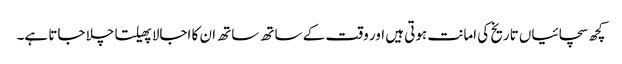
کچھ سچائیاں تاریخ کی امانت ہوتی ہیں اور وقت کے ساتھ ساتھ ان کا اجالا پھیلتا چلا جاتا ہے۔